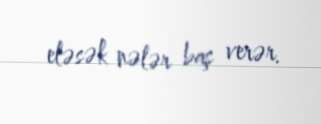
eləsək nələr baş verər.